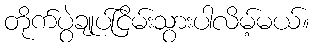
တိုက်ပွဲချုပ်ငြိမ်းသွားပါလိမ့်မယ်။